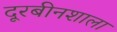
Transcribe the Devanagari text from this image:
दूरबीनशाला